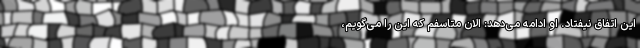
این اتفاق نیفتاد. او ادامه می‌دهد: الان متاسفم که این را می‌گویم،